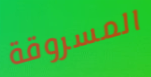
المسروقة